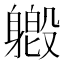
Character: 𫏯